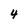
Character: 4